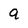
Character: 9